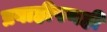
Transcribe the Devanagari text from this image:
प्रवाहीपणही